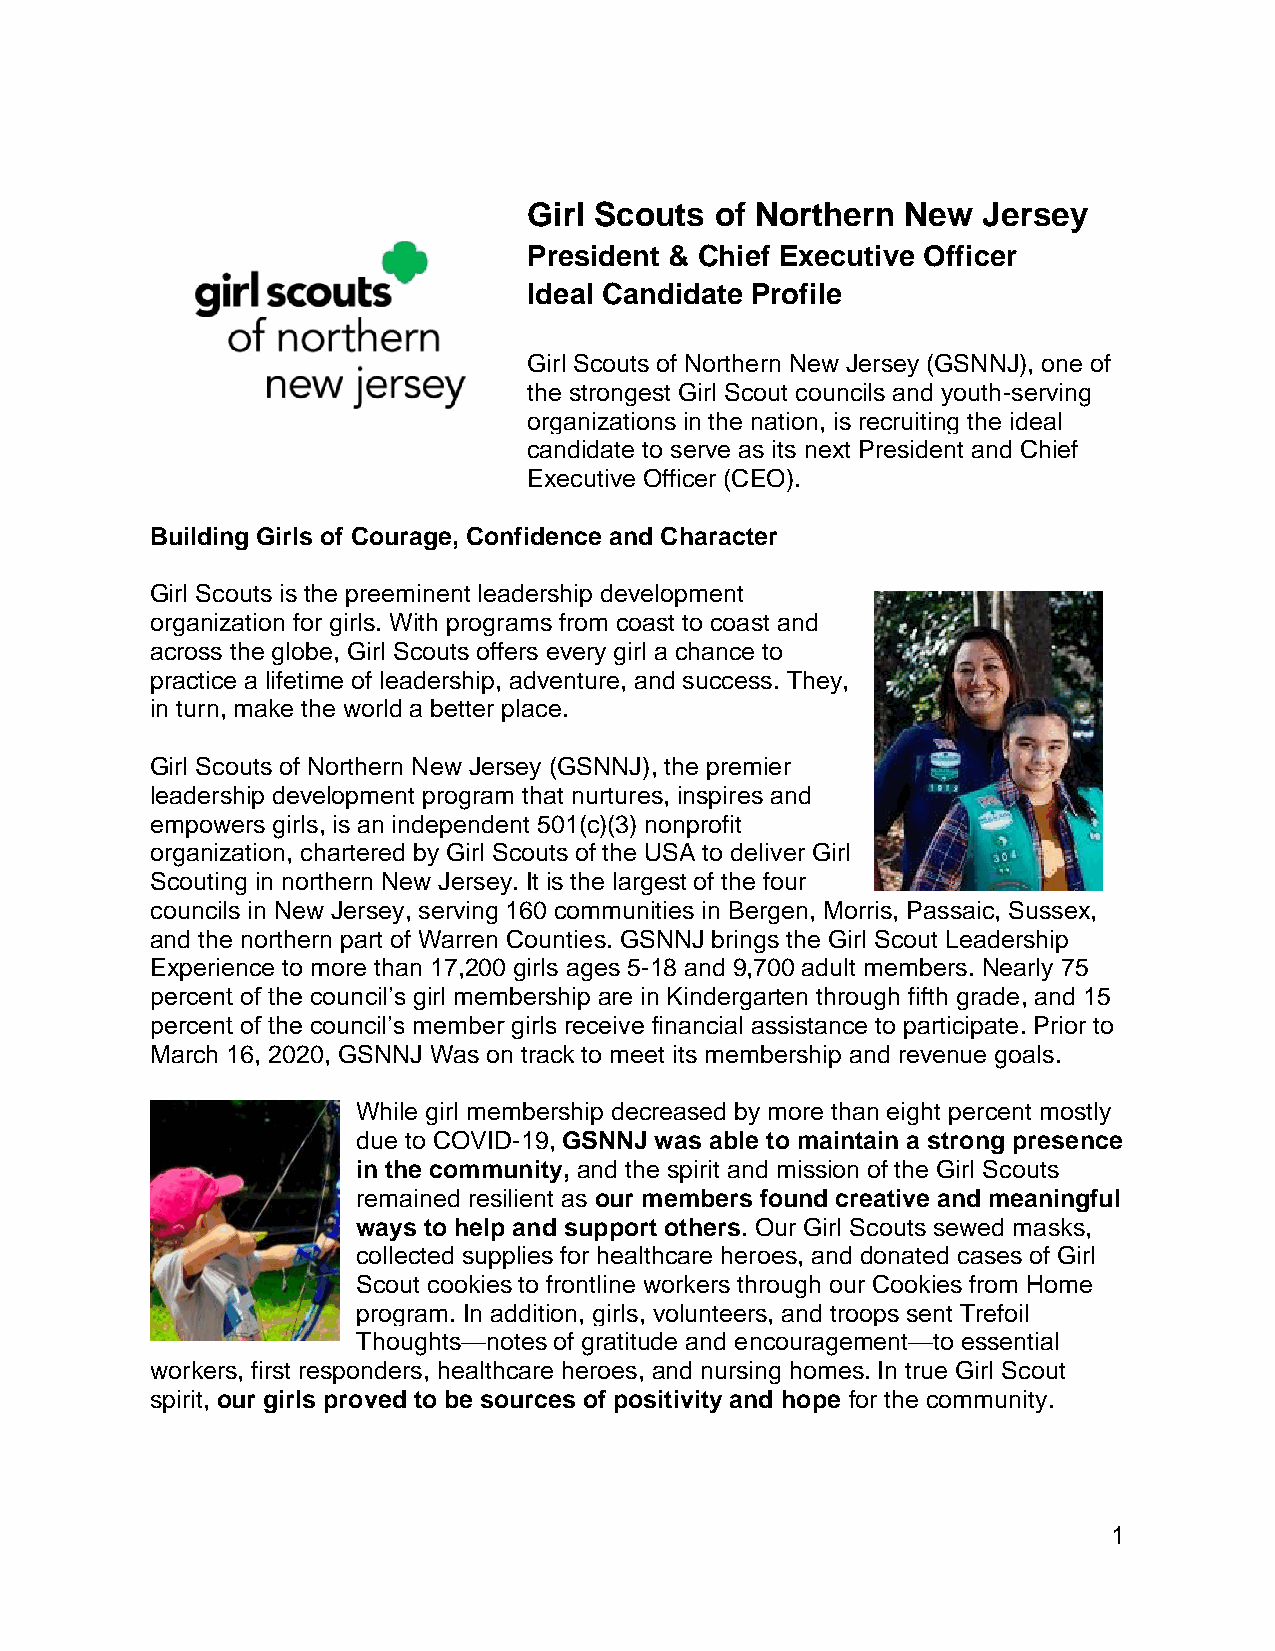
Girl Scouts of Northern  New  Jersey
 President & Chief Executive Officer
 Ideal Candidate Profile
 Girl Scouts of Northern New Jersey (GSNNJ), one of
 the strongest Girl Scout councils and youth-serving
 organizations in the nation, is recruiting the ideal
 candidate to serve as its next President and Chief
 Executive Officer (CEO).
 Building Girls of Courage, Confidence and Character
 Girl Scouts is the preeminent leadership development
 organization for girls. With programs from coast to coast and
 across the globe, Girl Scouts offers every girl a chance to
 practice a lifetime of leadership, adventure, and success. They,
 in turn, make the world a better place.
 Girl Scouts of Northern New Jersey (GSNNJ), the premier
 leadership development program that nurtures, inspires and
 empowers girls, is an independent 501(c)(3) nonprofit
 organization, chartered by Girl Scouts of the USA to deliver Girl
 Scouting in northern New Jersey. It is the largest of the four
 councils in New Jersey, serving 160 communities in Bergen, Morris, Passaic, Sussex,
 and the northern part of Warren Counties. GSNNJ brings the Girl Scout Leadership
 Experience to more than 17,200 girls ages 5-18 and 9,700 adult members. Nearly 75
 percent of the council’s girl membership are in Kindergarten through fifth grade, and 15
 percent of the council’s member girls receive financial assistance to participate. Prior to
 March 16, 2020, GSNNJ Was on track to meet its membership and revenue goals.
 While girl membership decreased by more than eight percent mostly
 due to COVID-19, GSNNJ was able to maintain a strong presence
 in the community, and the spirit and mission of the Girl Scouts
 remained resilient as our members found creative and meaningful
 ways to help and support others. Our Girl Scouts sewed masks,
 collected supplies for healthcare heroes, and donated cases of Girl
 Scout cookies to frontline workers through our Cookies from Home
 program. In addition, girls, volunteers, and troops sent Trefoil
 Thoughts—notes of gratitude and encouragement—to essential
 workers, first responders, healthcare heroes, and nursing homes. In true Girl Scout
 spirit, our girls proved to be sources of positivity and hope for the community.
 1